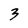
Character: 3